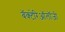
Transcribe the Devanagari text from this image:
बॅक्टेरिऑलॉजी